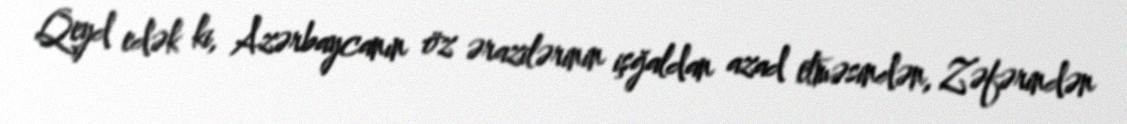
Qeyd edək ki, Azərbaycanın öz ərazilərinin işğaldan azad etməsindən, Zəfərindən